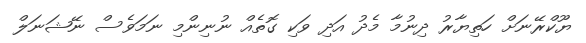
ޔޫކްރޭނަށް ހަތިޔާރު ދިނުމާ މެދު އަދި ވަކި ގޮތެއް ނުނިންމި ނަމަވެސް ނޭޝަނަލް